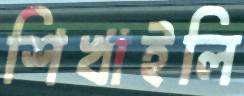
শিখাইলি